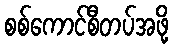
စစ်ကောင်စီတပ်အဖို့